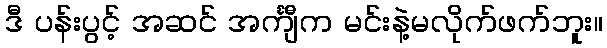
ဒီ ပန်းပွင့် အဆင် အင်္ကျီက မင်းနဲ့မလိုက်ဖက်ဘူး။